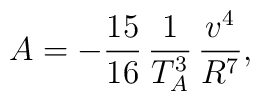
A= - \frac{15}{16} \, \frac{1}{T_A^3} \, \frac{v^4}{R^7},